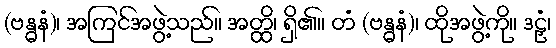
(ဗန္ဓနံ)၊ အကြင်အဖွဲ့သည်။ အတ္ထိ၊ ရှိ၏။ တံ (ဗန္ဓနံ)၊ ထိုအဖွဲ့ကို။ ဒဠှံ၊